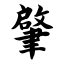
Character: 肇